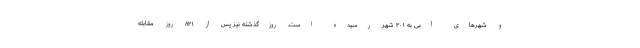
و شهرهای آبی به ۳۰۱ شهر رسیده است. روزگذشته نیز پس از ۸۳۱ روز مقابله